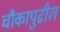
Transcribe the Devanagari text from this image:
चौकापुढील